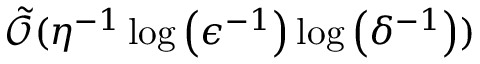
\tilde { \mathcal { O } } ( \eta ^ { - 1 } \log \left( \epsilon ^ { - 1 } \right) \log \left( \delta ^ { - 1 } \right) )